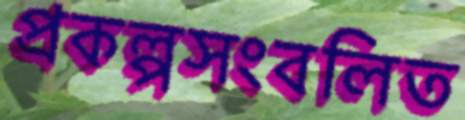
প্রকল্পসংবলিত